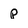
Character: p